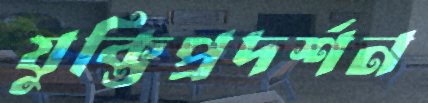
যুক্তিপ্রদর্শন